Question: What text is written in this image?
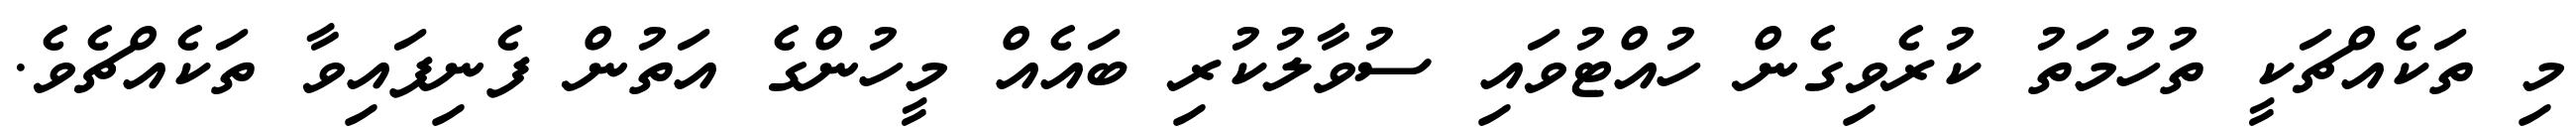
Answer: މި ތަކެއްޗަކީ ތުހުމަތު ކުރެވިގެން ހުއްޓުވައި ސުވާލުކުރި ބައެއް މީހުންގެ އަތުން ފެނިފައިވާ ތަކެއްޗެވެ.